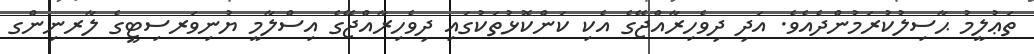
ތަޢުލީމު ޙާސިލުކުރަމުންދެއެވެ. އަދި ދިވެހިރާއްޖޭގެ އެކި ކަންކޮޅުތަކުގައި ދިވެހިރާއްޖޭގެ އިސްލާމީ ޔުނިވަރސިޓީގެ ލާރނިންގ